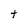
Character: t